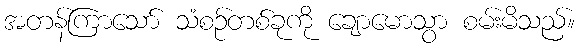
အတန်ကြာသော် သံစဉ်တစ်ခုကို ချောမောသွာ စမ်းမိသည်။